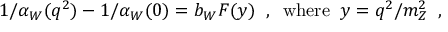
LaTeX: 1 / \alpha _ { W } ( q ^ { 2 } ) - 1 / \alpha _ { W } ( 0 ) = b _ { W } F ( y ) \; \; , \; \; \mathrm { w h e r e } \; \; y = q ^ { 2 } / m _ { Z } ^ { 2 } \; \; ,